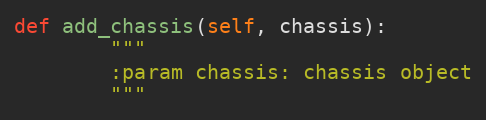
Language: Python
def add_chassis(self, chassis):
        """
        :param chassis: chassis object
        """